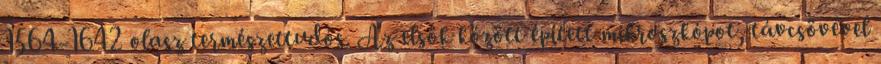
1564-1642 olasz természettudós. Az elsők között épített mikroszkópot, távcsövével